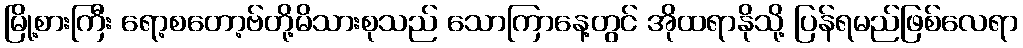
မြို့စားကြီး ရော့စတော့ဗ်တို့မိသားစုသည် သောကြာနေ့တွင် အိုထရာနိုသို့ ပြန်ရမည်ဖြစ်လေရာ